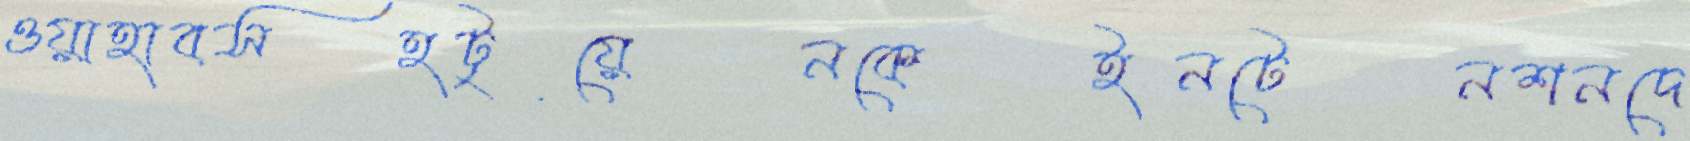
ওয়াহাবসহটুয়েনকেইনটেনশনদে